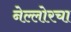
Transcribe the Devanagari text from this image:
नेल्लोरचा